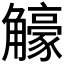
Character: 𧥉